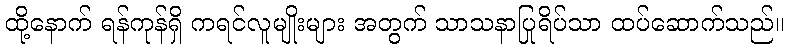
ထို့နောက် ရန်ကုန်ရှိ ကရင်လူမျိုးများ အတွက် သာသနာပြုရိပ်သာ ထပ်ဆောက်သည်။